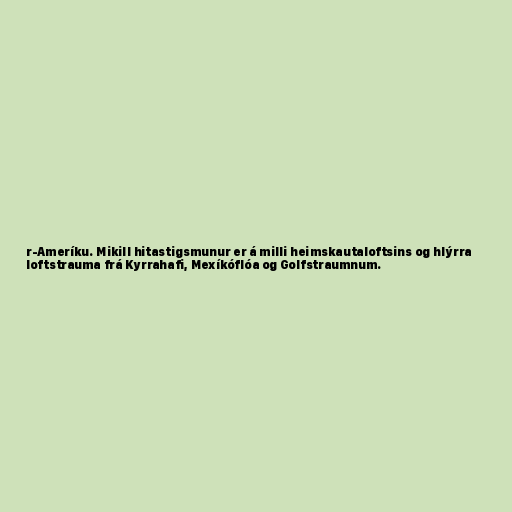
r-Ameríku. Mikill hitastigsmunur er á milli heimskautaloftsins og hlýrra
loftstrauma frá Kyrrahafi, Mexíkóflóa og Golfstraumnum.